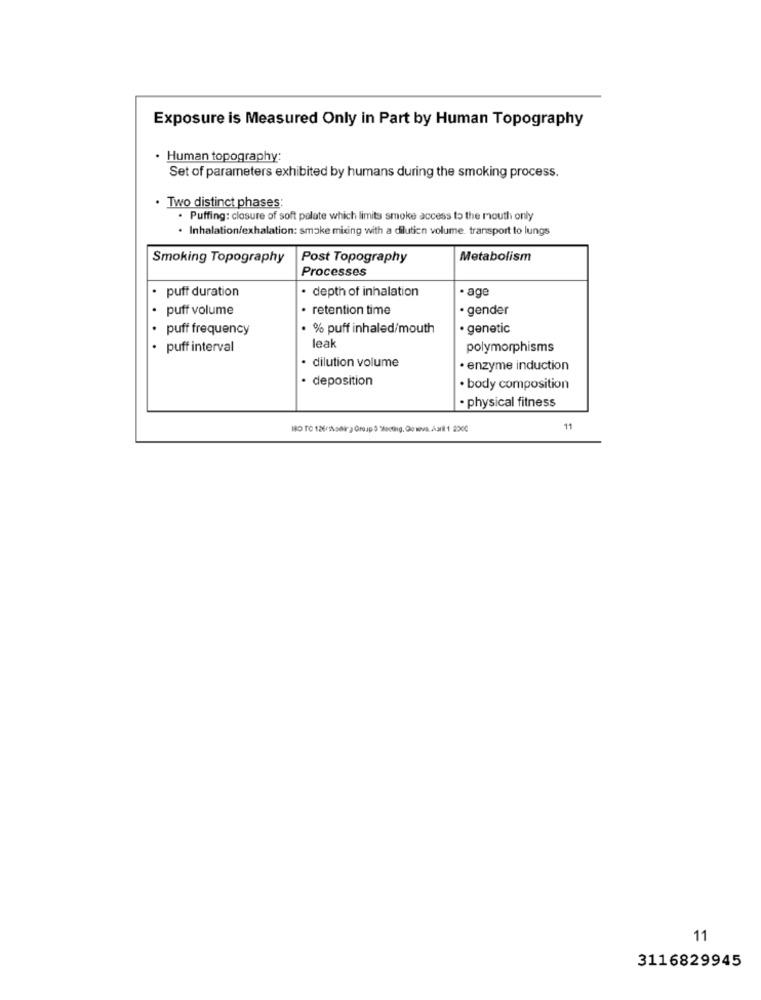
Exposure is Measured Only in Part by Human Topography
. Human topography:
Set of parameters exhibited by humans during the smoking process.
. Two distinct phases;
. Puffing: closure of soft palate which limits smoke access to the mouth only
. Inhalation/exhalation: smoke mixing with a dilution volume. transport to lungs
Smoking Topography
Post Topography
Metabolism
Processes
puff duration
· depth of inhalation
· age
puff volume
retention time
· gender
puff frequency
· % puff inhaled/mouth
· genetic
leak
puff interval
polymorphisms
· dilution volume
· enzyme induction
deposition
· body composition
· physical fitness
MBO TO 126/ilodir> Group:3 Meeting, Gowva.Auril1 230
11
11
3116829945